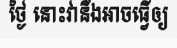
ថ្ងៃ នោះវានឹងអាចធ្វើឲ្យ